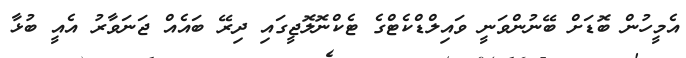
އެމީހުން ބޮޑަށް ބޭނުންވަނީ ވައިލްޑްކެޓްގެ ޓެކްނޮލޮޖީގައި ދިރޭ ބައެއް ޖަނަވާރު އެއީ ބުޅާ